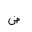
Letter: _dad